Vaccination report Assam 1896-1927 - 1896-1927
Year: 1896
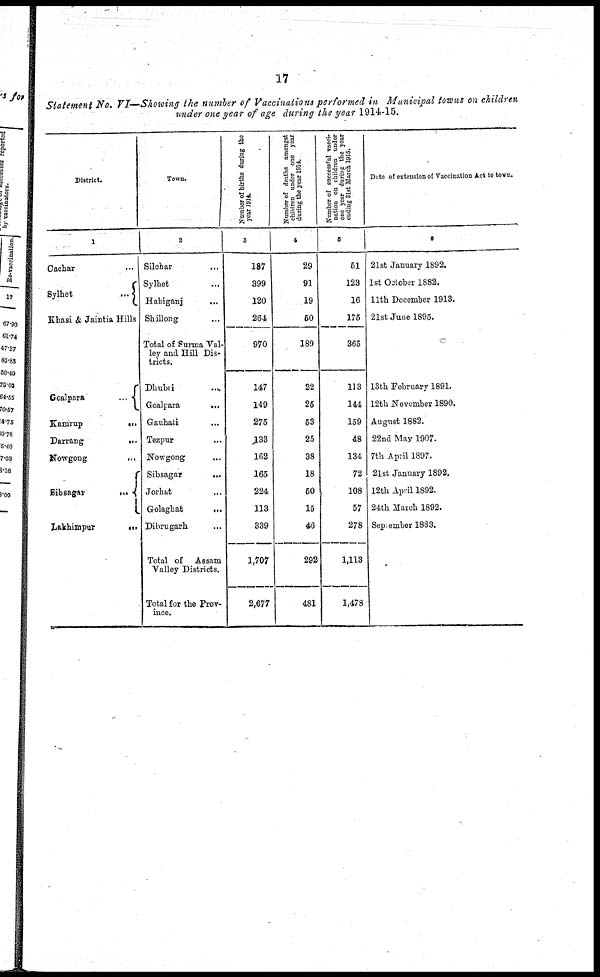
17
Statement No. VI—Showing the number of Vaccinations performed in Municipal towns on children
under one year of age during the year 1914-15.
District.
1
Cachar ...
Sylhet
...
Khasi & Jaintia Hills
Goalpara
...
Kamrup
...
Darrang
...
Nowgong
...
Sibsagar
...
Lakhimpur ...
Town.
2
Silchar
...
Sylhet ...
Habiganj
...
Shillong ...
Total of Surma Val-
ley and Hill Dis-
tricts.
Dhubri
...
Goalpara
...
Gauhati ...
Tezpur ...
Nowgong
...
Sibsagar
...
Jorhat ...
Golaghat
...
Dibrugarh ...
Total of Assam
Valley Districts.
Total for the Prov-
ince.
Number of births during the
year 1914.
3
187
399
120
264
970
147
149
275
133
162
165
224
113
339
1,707
2,677
Number of deaths amongst
children under one year
during the year 1914.
4
29
91
19
50
189
22
25
53
25
38
18
50
15
46
292
481
Number of successful vacci-
nation on children under
one year during the year
ending 31st March 1915.
5
51
123
16
175
365
113
144
159
48
134
72
108
57
278
1,113
1,478
Date of extension of Vaccination Act to town.
6
21st January 1892.
1st October 1882.
11th December 1913.
21st June 1895.
13th February 1891.
12th November 1890.
August 1882.
22nd May 1907.
7th April 1897.
2lst January 1892.
12th April 1892.
24th March 1892.
September 1883.